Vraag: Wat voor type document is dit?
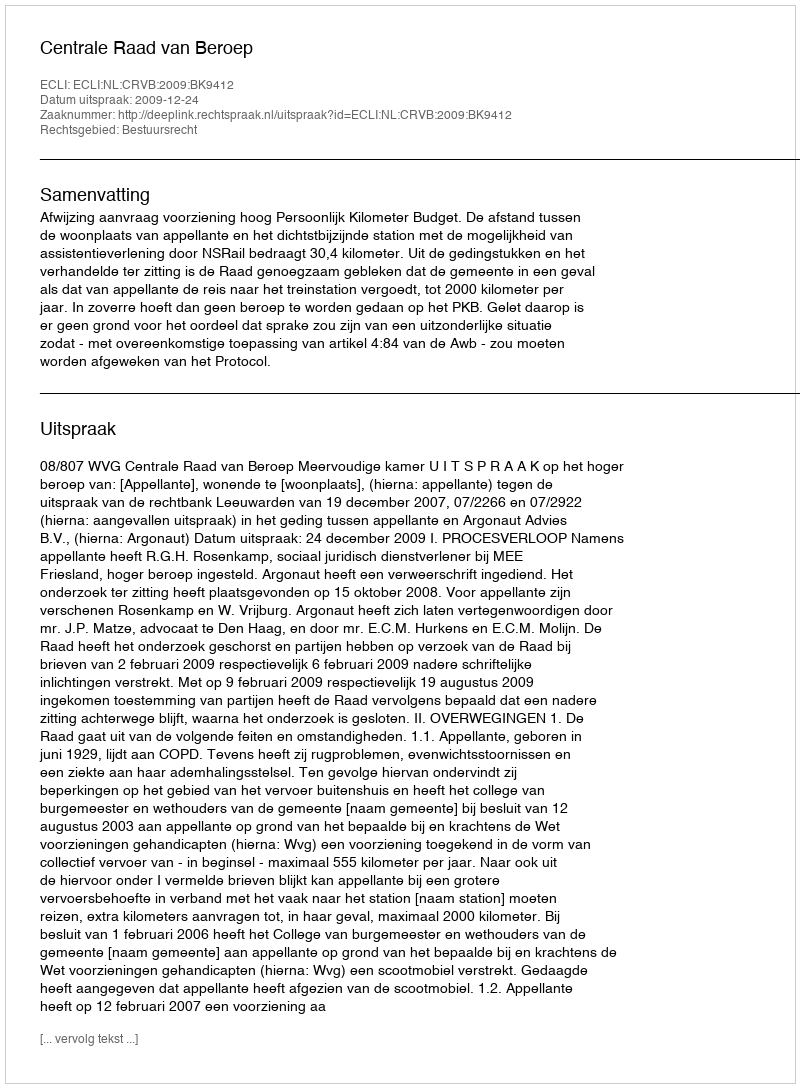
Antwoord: Uitspraak